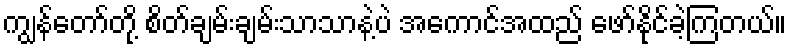
ကျွန်တော်တို့ စိတ်ချမ်းချမ်းသာသာနဲ့ပဲ အကောင်အထည် ဖော်နိုင်ခဲ့ကြတယ်။